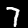
Label: 7